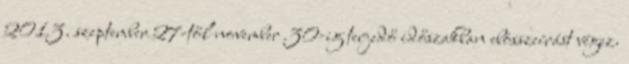
2013. szeptember 27-től november 30-ig terjedő időszakban ebösszeírást végez.